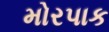
મોરપાક